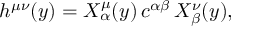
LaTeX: h ^ { \mu \nu } ( y ) = X _ { \alpha } ^ { \mu } ( y ) \, c ^ { \alpha \beta } \, X _ { \beta } ^ { \nu } ( y ) ,